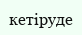
кетіруде